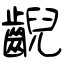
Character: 齯